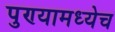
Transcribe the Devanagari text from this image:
पुण्यामध्येच